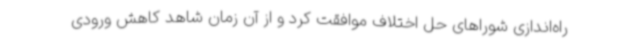
راه‌اندازی شوراهای حل اختلاف موافقت کرد و از آن زمان شاهد کاهش ورودی